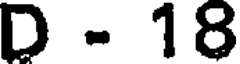
D - 18